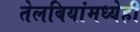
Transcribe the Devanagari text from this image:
तेलबियांमध्येही